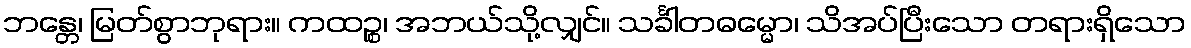
ဘန္တေ၊ မြတ်စွာဘုရား။ ကထဉ္စ၊ အဘယ်သို့လျှင်။ သင်္ခါတဓမ္မော၊ သိအပ်ပြီးသော တရားရှိသော